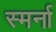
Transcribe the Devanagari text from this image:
स्मर्ना